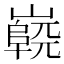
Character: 𡽷